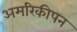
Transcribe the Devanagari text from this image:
अमरिकीपन